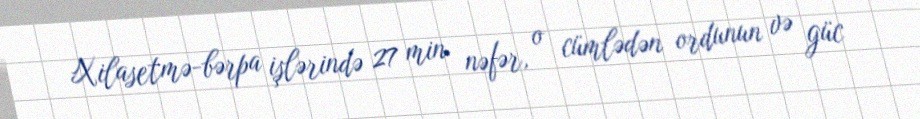
Xilasetmə-bərpa işlərində 27 min nəfər, o cümlədən ordunun və güc